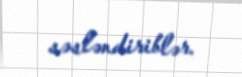
səsləndiriblər.